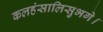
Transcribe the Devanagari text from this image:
कलहंसालिसुभगे।